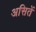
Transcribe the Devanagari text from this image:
असितें